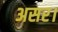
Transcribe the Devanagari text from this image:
असर।